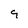
Character: 9